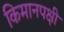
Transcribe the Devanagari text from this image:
किमानपक्षी